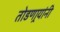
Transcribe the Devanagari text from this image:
तोडणार्‍यांनी